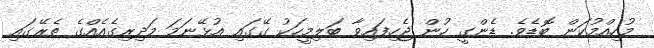
މުހިއްމުކަން ބޮޑެވެ. ޑެންގީ ހުން ޖެހިފައިވާ ބަލިމީހަކު ގޭގައި އުޅޭނަމަ މަދިރިގެއެއްގެ ތެރޭގައި